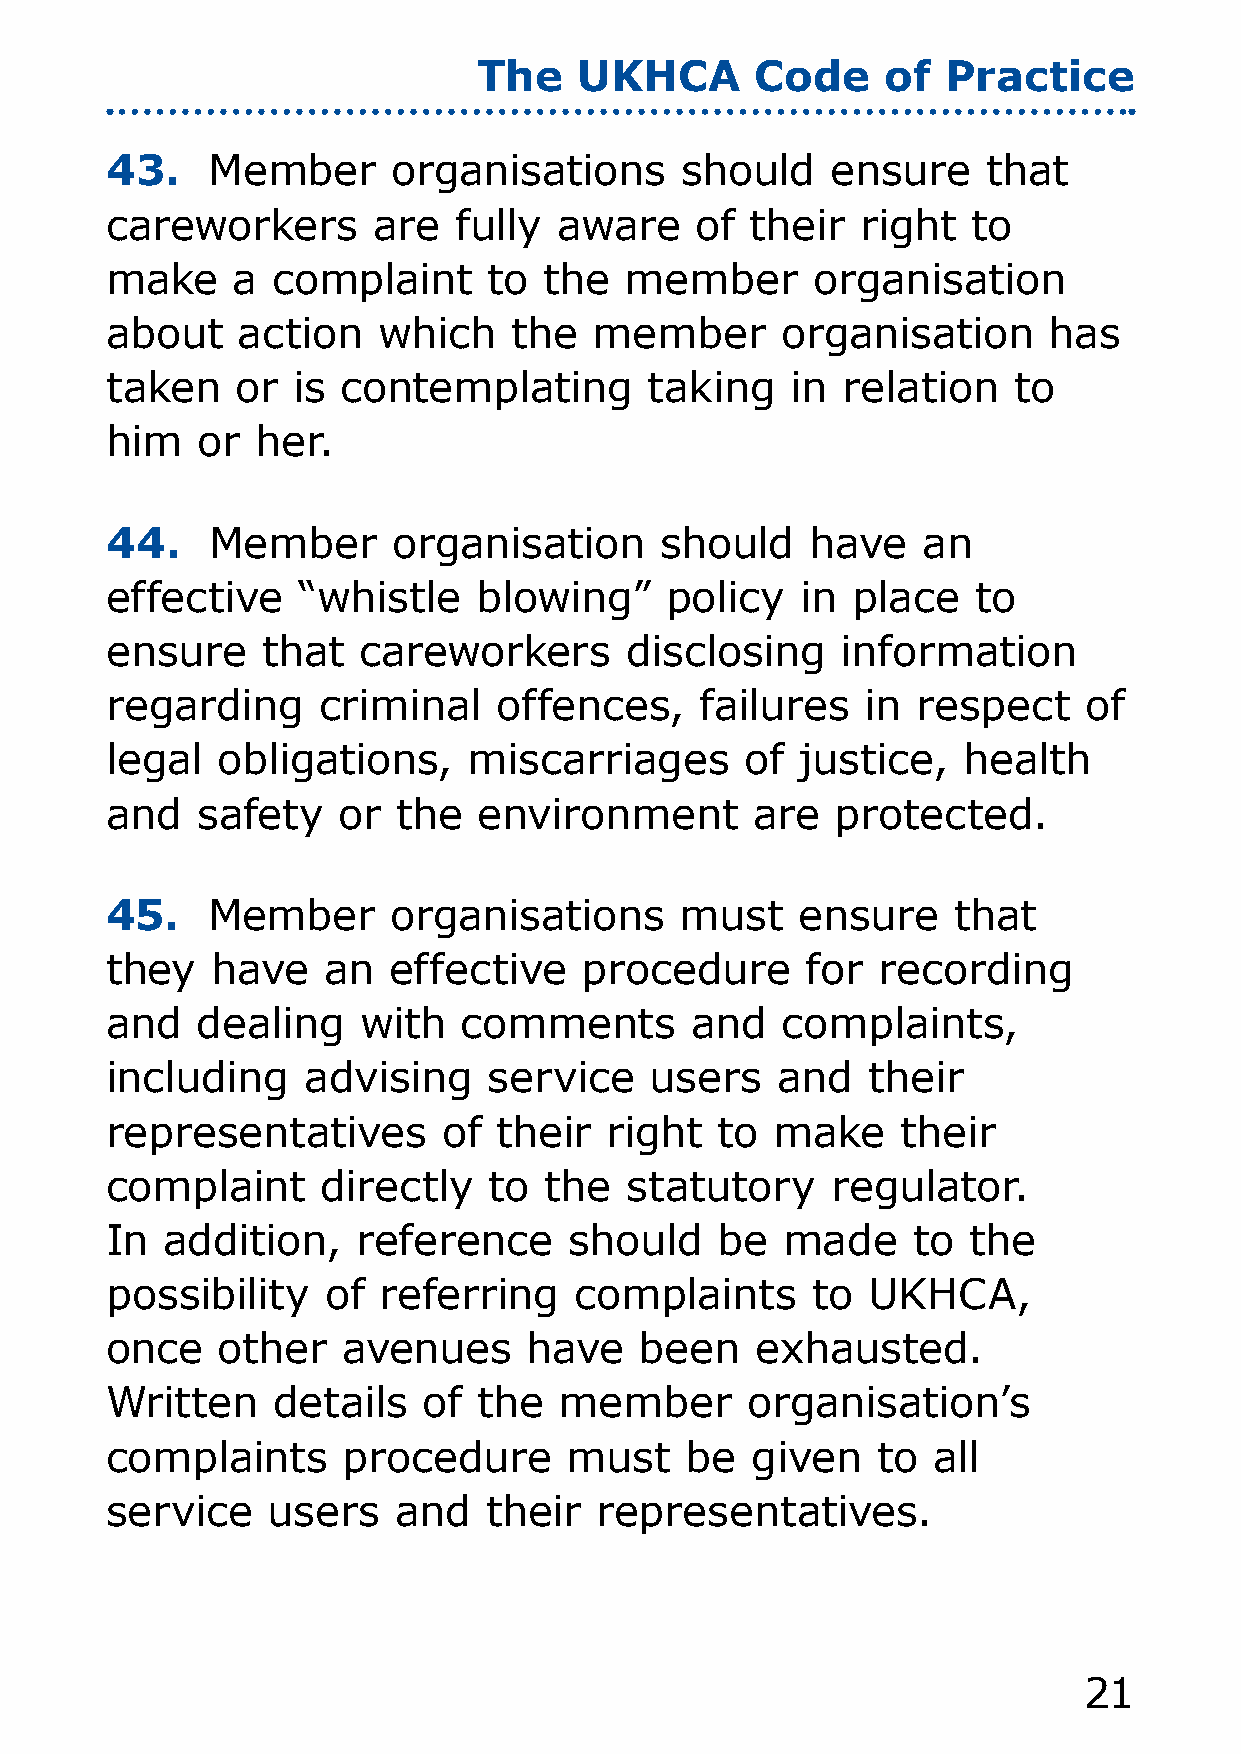
The   UKHCA       Code     of  Practice
 43.    Member      organisations      should    ensure    that
 careworkers       are  fully  aware    of  their  right  to
 make    a  complaint     to  the  member       organisation
 about    action   which    the  member       organisation     has
 taken    or is  contemplating       taking   in  relation   to
 him   or  her.
 44.    Member      organisation      should    have   an
 effective    “whistle    blowing”    policy   in place   to
 ensure    that   careworkers      disclosing     information
 regarding     criminal    offences,    failures   in  respect    of
 legal  obligations,     miscarriages      of  justice,   health
 and   safety   or  the   environment       are  protected.
 45.    Member      organisations      must    ensure    that
 they   have   an   effective    procedure     for  recording
 and   dealing    with   comments       and   complaints,
 including    advising    service    users   and   their
 representatives       of  their  right  to  make     their
 complaint     directly   to  the  statutory     regulator.
 In  addition,    reference     should    be  made    to  the
 possibility    of referring    complaints      to UKHCA,
 once   other    avenues     have   been    exhausted.
 Written    details   of  the  member      organisation’s
 complaints      procedure      must   be   given   to  all
 service    users   and   their  representatives.
 1